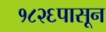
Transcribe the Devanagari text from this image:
१८२६पासून